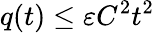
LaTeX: q(t)\leq\varepsilon C^{2}t^{2}